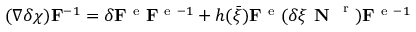
( \nabla \delta \boldsymbol { \chi } ) { \bf F } ^ { - 1 } = \delta { \bf F } ^ { \mathrm { ~ e ~ } } { \bf F } ^ { \mathrm { ~ e ~ } - 1 } + h ( \bar { \xi } ) { \bf F } ^ { \mathrm { ~ e ~ } } ( \delta \xi \textbf { N } ^ { \mathrm { ~ r ~ } } ) { \bf F } ^ { \mathrm { ~ e ~ } - 1 }